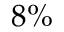
8 \%